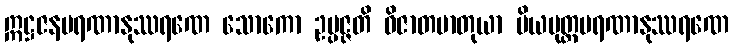
ဣဋ္ဌဇနမရဏာနုဿရဏေ သောကော ဥပ္ပဇ္ဇတိ ဝိဇာတမာတုယာ ပိယပုတ္တမရဏာနုဿရဏေ